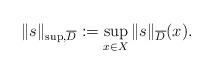
LaTeX: \begin{align*}\|s\|_{\sup, \overline{D}}:=\sup_{x\in X}\|s\|_{\overline{D}}(x).\end{align*}